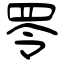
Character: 𦊓